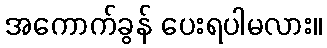
အကောက်ခွန် ပေးရပါမလား။